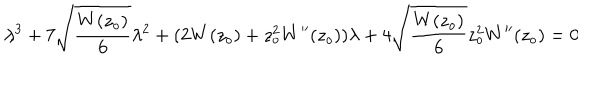
\lambda ^ { 3 } + 7 \sqrt { \frac { W ( z _ { o } ) } { 6 } } \lambda ^ { 2 } + ( 2 W ( z _ { o } ) + z _ { o } ^ { 2 } W ^ { \prime \prime } ( z _ { o } ) ) \lambda + 4 \sqrt { \frac { W ( z _ { o } ) } { 6 } } z _ { o } ^ { 2 } W ^ { \prime \prime } ( z _ { o } ) = 0 \hspace { 5 m m } \ ,